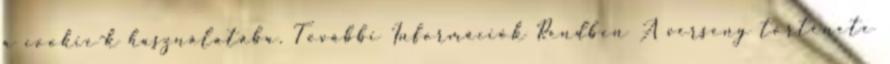
a cookie-k használatába. További Információk Rendben A verseny története